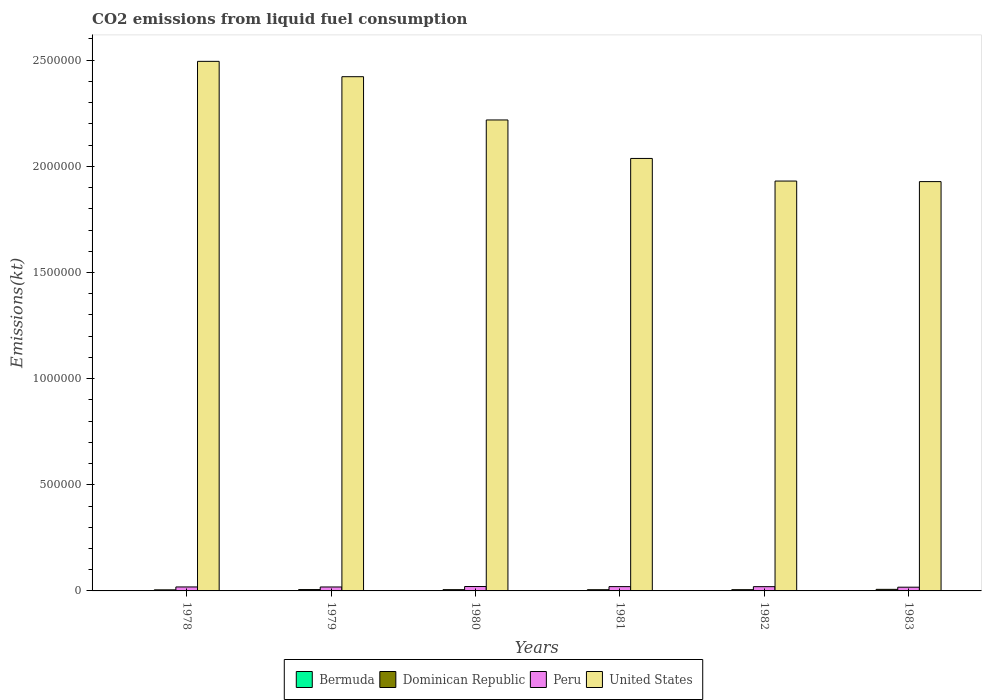
| Years | Bermuda | Dominican Republic | Peru | United States |
 | --- | --- | --- | --- | --- |
 | 1978 | 425 | 5.02e+03 | 1.87e+04 | 2.49e+06 |
 | 1979 | 462 | 6.37e+03 | 1.86e+04 | 2.42e+06 |
 | 1980 | 436 | 5.95e+03 | 2.07e+04 | 2.22e+06 |
 | 1981 | 389 | 5.69e+03 | 2.02e+04 | 2.04e+06 |
 | 1982 | 396 | 5.87e+03 | 2.01e+04 | 1.93e+06 |
 | 1983 | 451 | 7.36e+03 | 1.76e+04 | 1.93e+06 |